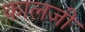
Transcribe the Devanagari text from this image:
कालजी